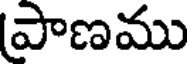
పాణము